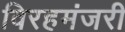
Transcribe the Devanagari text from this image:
विरहमंजरी